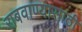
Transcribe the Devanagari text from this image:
राबवाण्यासाठी